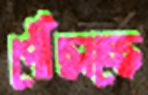
পৌঁছাচ্ছে